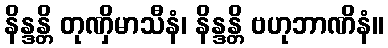
နိန္ဒန္တိ တုဏှိမာသီနံ၊ နိန္ဒန္တိ ဗဟုဘာဏိနံ။